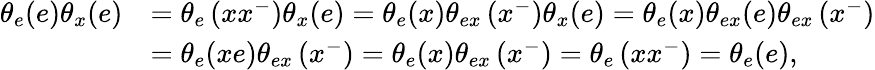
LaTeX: \begin{array}{rl}{\theta_{e}(e)\theta_{x}(e)}&{=\theta_{e}\left(xx^{-}\right)\theta_{x}(e)=\theta_{e}(x)\theta_{ex}\left(x^{-}\right)\theta_{x}(e)=\theta_{e}(x)\theta_{ex}(e)\theta_{ex}\left(x^{-}\right)}\\ &{=\theta_{e}(xe)\theta_{ex}\left(x^{-}\right)=\theta_{e}(x)\theta_{ex}\left(x^{-}\right)=\theta_{e}\left(xx^{-}\right)=\theta_{e}(e),}\end{array}